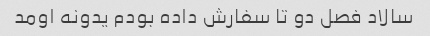
سالاد فصل دو تا سفارش داده بودم یدونه اومد